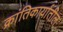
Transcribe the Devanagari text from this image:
क्रांतिकार्यातील